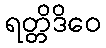
ရတ္တိဒိဝေ